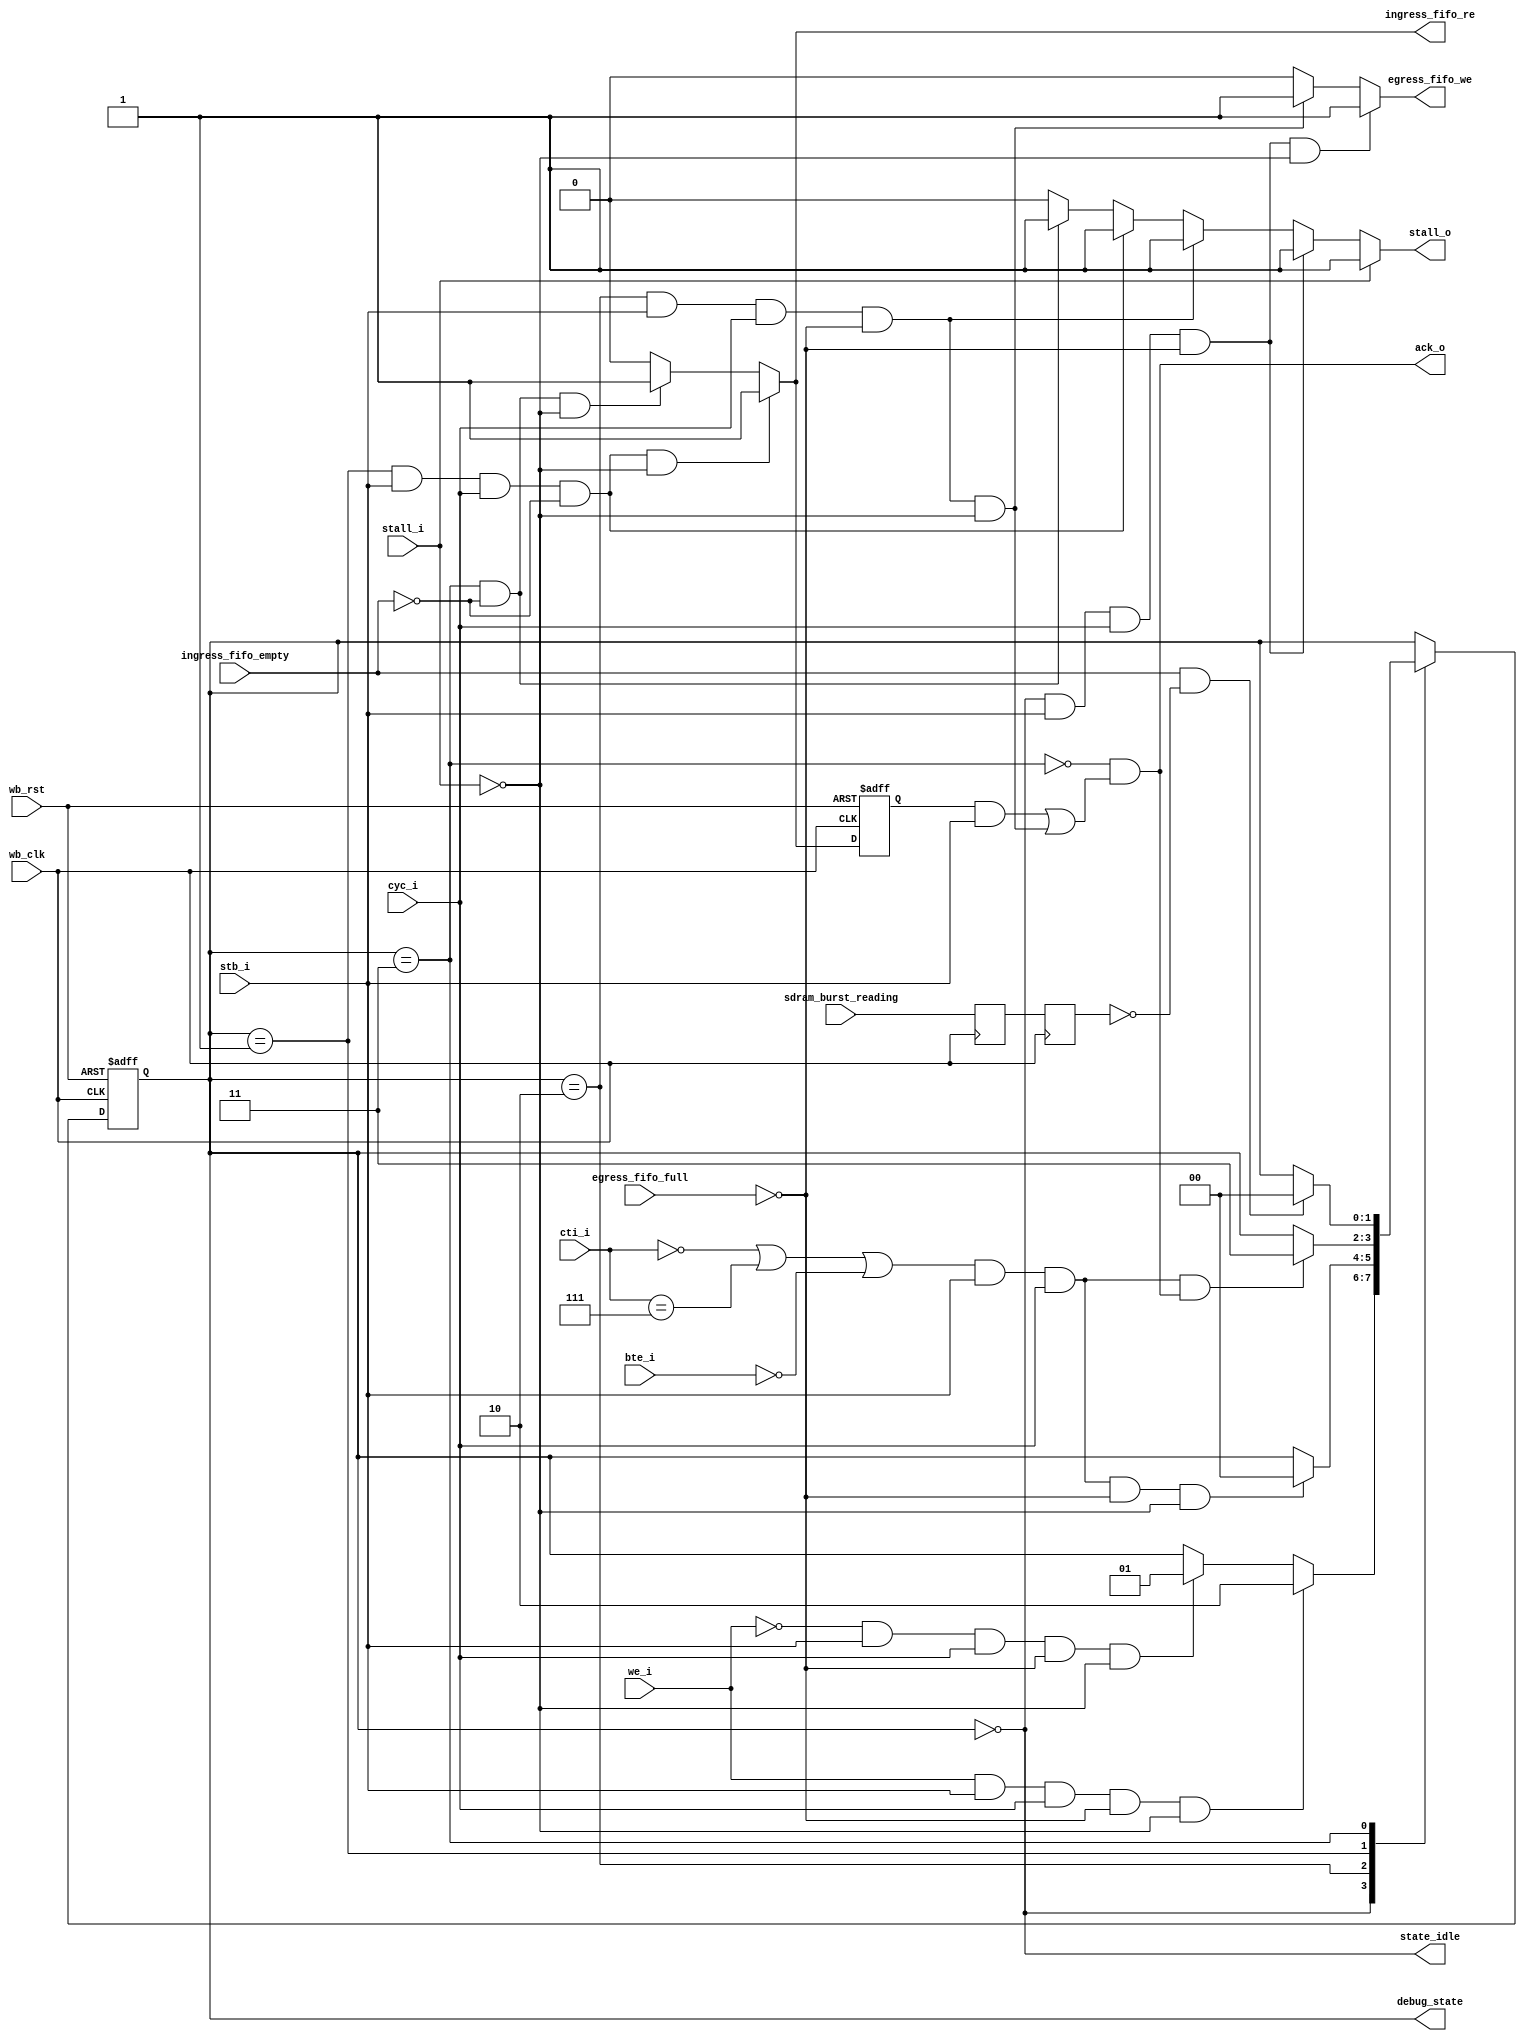
module fsm_wb (
	       stall_i, stall_o,
	       we_i, cti_i, bte_i, stb_i, cyc_i, ack_o,
	       egress_fifo_we, egress_fifo_full,
	       ingress_fifo_re, ingress_fifo_empty,
	       state_idle,
	       sdram_burst_reading,
	       debug_state,
	       wb_clk, wb_rst
	       );

   input stall_i;
   output stall_o;

   input [2:0] cti_i;
   input [1:0] bte_i;
   input       we_i, stb_i, cyc_i;
   output      ack_o;
   output      egress_fifo_we, ingress_fifo_re;
   input       egress_fifo_full, ingress_fifo_empty;
   input       sdram_burst_reading;
   output      state_idle;
   input       wb_clk, wb_rst;
   output [1:0] debug_state;
   
   

   reg 	       ingress_fifo_read_reg;

   // bte
   parameter linear       = 2'b00;
   parameter wrap4        = 2'b01;
   parameter wrap8        = 2'b10;
   parameter wrap16       = 2'b11;
   // cti
   parameter classic      = 3'b000;
   parameter endofburst   = 3'b111;

   parameter idle = 2'b00;
   parameter rd   = 2'b01;
   parameter wr   = 2'b10;
   parameter fe   = 2'b11;
   reg [1:0]   state;

   assign debug_state = state;
   

   reg 	       sdram_burst_reading_1, sdram_burst_reading_2;
   wire        sdram_burst_reading_wb_clk;
   

   always @ (posedge wb_clk or posedge wb_rst)
     if (wb_rst)
       state <= idle;
     else
       case (state)
         idle:
           if (we_i & stb_i & cyc_i & !egress_fifo_full & !stall_i)
             state <= wr;
           else if (!we_i & stb_i & cyc_i & !egress_fifo_full & !stall_i)
             state <= rd;
         wr:
           if ((cti_i==classic | cti_i==endofburst | bte_i==linear) & 
	       stb_i & cyc_i & !egress_fifo_full & !stall_i)
             state <= idle;
         rd:
           if ((cti_i==classic | cti_i==endofburst | bte_i==linear) & 
	       stb_i & cyc_i & ack_o)
             state <= fe;
         fe:
           if (ingress_fifo_empty & !sdram_burst_reading_wb_clk)
             state <= idle;
         default: ;
       endcase
   
   assign state_idle = (state==idle);
   
   assign stall_o = (stall_i) ? 1'b1 :
                    (state==idle & stb_i & cyc_i & !egress_fifo_full) ? 1'b1 :
                    (state==wr   & stb_i & cyc_i & !egress_fifo_full) ? 1'b1 :
                    (state==rd   & stb_i & cyc_i & !ingress_fifo_empty) ? 1'b1 :
                    (state==fe   & !ingress_fifo_empty) ? 1'b1 :
                    1'b0;
   
   assign egress_fifo_we = (state==idle & stb_i & cyc_i & !egress_fifo_full & !stall_i) ? 1'b1 :
                           (state==wr   & stb_i & cyc_i & !egress_fifo_full & !stall_i) ? 1'b1 :
                           1'b0;
   
   assign ingress_fifo_re = (state==rd & stb_i & cyc_i & !ingress_fifo_empty & !stall_i) ? 1'b1 :
                            (state==fe & !ingress_fifo_empty & !stall_i) ? 1'b1:
                            1'b0;
   
   always @ (posedge wb_clk or posedge wb_rst)
     if (wb_rst)
       ingress_fifo_read_reg <= 1'b0;
     else
       ingress_fifo_read_reg <= ingress_fifo_re;
   
   /*assign ack_o = (ingress_fifo_read_reg & stb_i) ? 1'b1 :
                  (state==fe) ? 1'b0 :
                  (state==wr & stb_i & cyc_i & !egress_fifo_full & !stall_i) ? 1'b1 :
                  1'b0;*/

   assign ack_o = !(state==fe) & ((ingress_fifo_read_reg & stb_i) | (state==wr & stb_i & cyc_i & !egress_fifo_full & !stall_i));


   // Sample the SDRAM burst reading signal in WB domain
   always @(posedge wb_clk)
     sdram_burst_reading_1 <= sdram_burst_reading;
   
   always @(posedge wb_clk)
     sdram_burst_reading_2 <= sdram_burst_reading_1;

   assign sdram_burst_reading_wb_clk = sdram_burst_reading_2;
   
endmodule